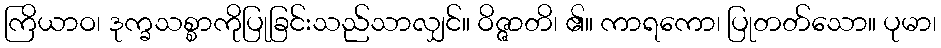
ကြိယာဝ၊ ဒုက္ခသစ္စာကိုပြုခြင်းသည်သာလျှင်။ ဝိဇ္ဇာတိ၊ ၏။ ကာရကော၊ ပြုတတ်သော။ ပုမာ၊